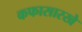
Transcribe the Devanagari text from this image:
कफासारखे